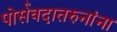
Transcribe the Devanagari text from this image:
पोर्सवदातरुनांना